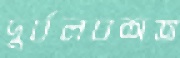
দুর্বলবশত